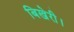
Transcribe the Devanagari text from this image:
बिखेरी।